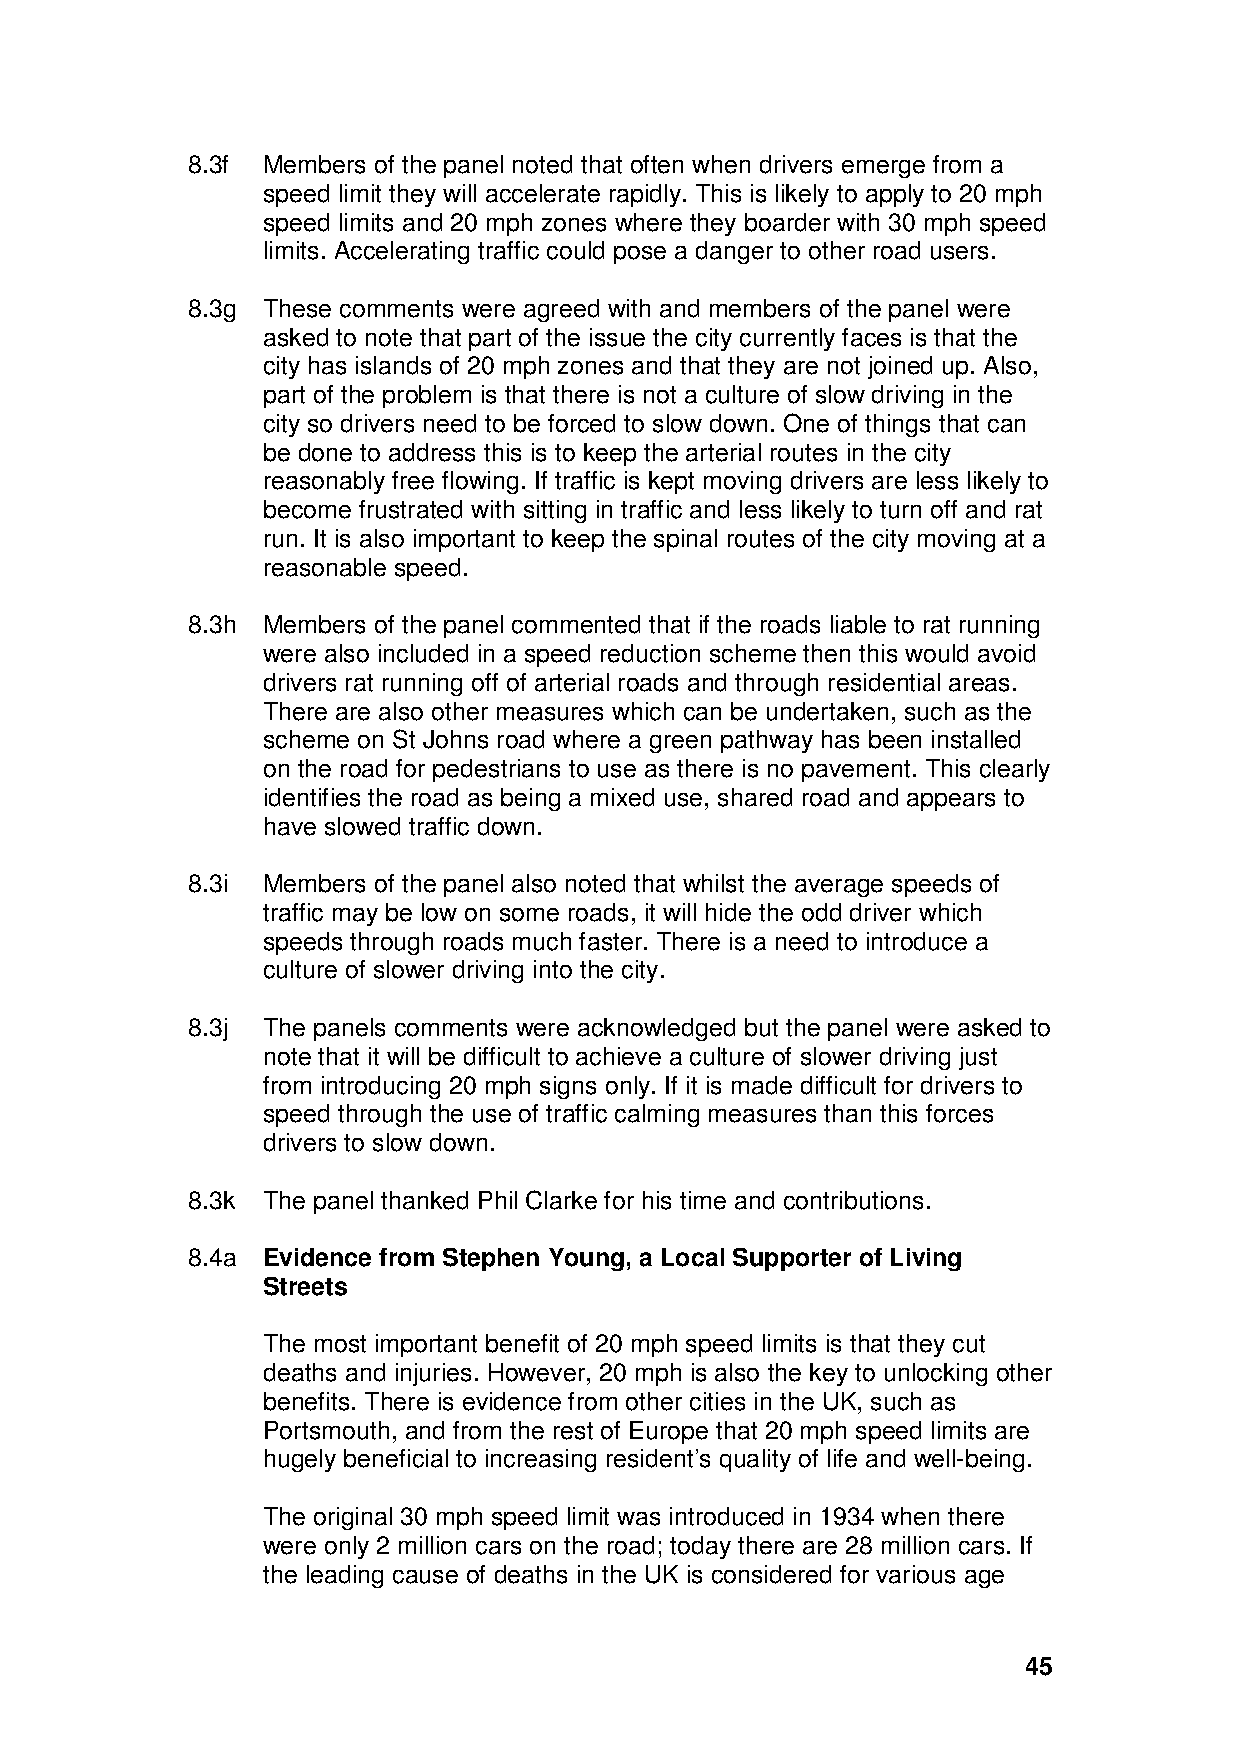
8.3f Members of the panel noted that often when drivers emerge from a
 speed limit they will accelerate rapidly. This is likely to apply to 20 mph
 speed limits and 20 mph zones where they boarder with 30 mph speed
 limits. Accelerating traffic could pose a danger to other road users.
 8.3g These comments were agreed with and members of the panel were
 asked to note that part of the issue the city currently faces is that the
 city has islands of 20 mph zones and that they are not joined up. Also,
 part of the problem is that there is not a culture of slow driving in the
 city so drivers need to be forced to slow down. One of things that can
 be done to address this is to keep the arterial routes in the city
 reasonably free flowing. If traffic is kept moving drivers are less likely to
 become frustrated with sitting in traffic and less likely to turn off and rat
 run. It is also important to keep the spinal routes of the city moving at a
 reasonable speed.
 8.3h Members of the panel commented that if the roads liable to rat running
 were also included in a speed reduction scheme then this would avoid
 drivers rat running off of arterial roads and through residential areas.
 There are also other measures which can be undertaken, such as the
 scheme on St Johns road where a green pathway has been installed
 on the road for pedestrians to use as there is no pavement. This clearly
 identifies the road as being a mixed use, shared road and appears to
 have slowed traffic down.
 8.3i Members of the panel also noted that whilst the average speeds of
 traffic may be low on some roads, it will hide the odd driver which
 speeds through roads much faster. There is a need to introduce a
 culture of slower driving into the city.
 8.3j The panels comments were acknowledged but the panel were asked to
 note that it will be difficult to achieve a culture of slower driving just
 from introducing 20 mph signs only. If it is made difficult for drivers to
 speed through the use of traffic calming measures than this forces
 drivers to slow down.
 8.3k The panel thanked Phil Clarke for his time and contributions.
 8.4a Evidence from Stephen Young, a Local Supporter of Living
 Streets
 The most important benefit of 20 mph speed limits is that they cut
 deaths and injuries. However, 20 mph is also the key to unlocking other
 benefits. There is evidence from other cities in the UK, such as
 Portsmouth, and from the rest of Europe that 20 mph speed limits are
 hugely beneficial to increasing resident’s quality of life and well-being.
 The original 30 mph speed limit was introduced in 1934 when there
 were only 2 million cars on the road; today there are 28 million cars. If
 the leading cause of deaths in the UK is considered for various age
 45